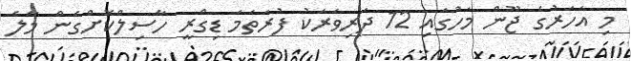
މި އަހަރުގެ ޖޫން މަހުގައި 12 ދަރިވަރަކު ފުރަތަމަ ޑިގްރީ ހާސިލްކޮށްގެން މާލެ